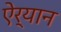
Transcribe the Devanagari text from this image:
ऐर्यान